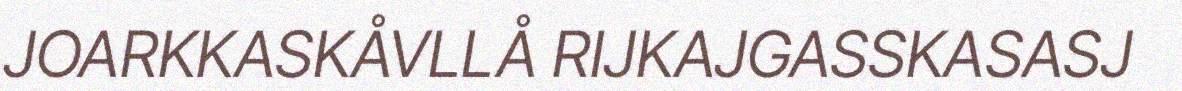
JOARKKASKÅVLLÅ RIJKAJGASSKASASJ